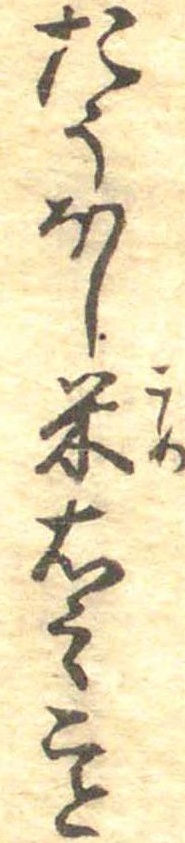
たうほし米右之こと